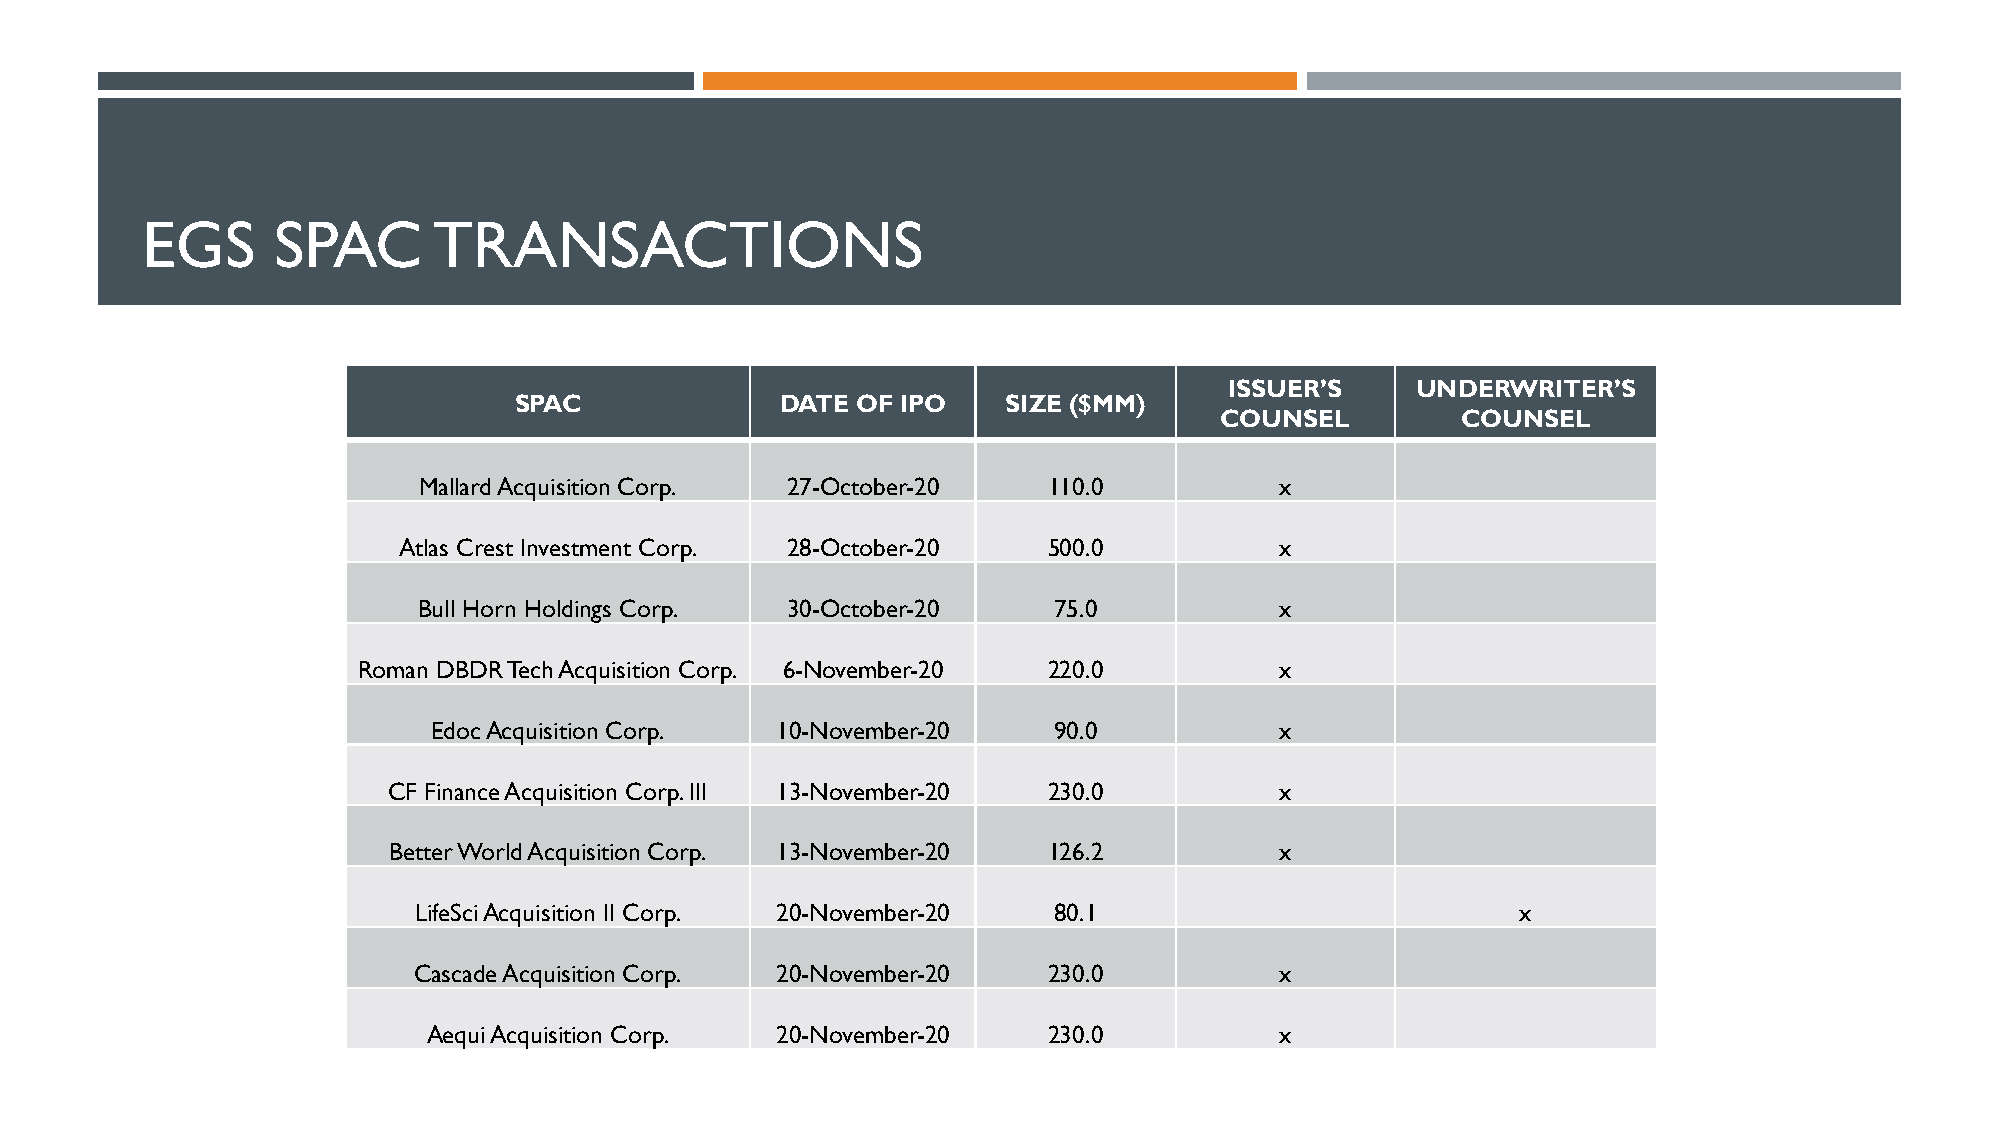
EGS      SPAC       TRANSACTIONS
 ISSUER’S     UNDERWRITER’S
 SPAC              DATE OF IPO    SIZE ($MM)
 COUNSEL         COUNSEL
 Mallard Acquisition Corp. 27-October-20  110.0           x
 Atlas Crest Investment Corp. 28-October-20 500.0           x
 Bull Horn Holdings Corp. 30-October-20    75.0           x
 Roman DBDR Tech Acquisition Corp. 6-November-20 220.0        x
 EdocAcquisition Corp. 10-November-20     90.0           x
 CF Finance Acquisition Corp. III 13-November-20 230.0      x
 Better World Acquisition Corp. 13-November-20 126.2        x
 LifeSciAcquisition II Corp. 20-November-20 80.1                           x
 Cascade Acquisition Corp. 20-November-20  230.0           x
 AequiAcquisition Corp. 20-November-20    230.0           x